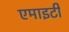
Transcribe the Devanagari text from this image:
एमाइटी